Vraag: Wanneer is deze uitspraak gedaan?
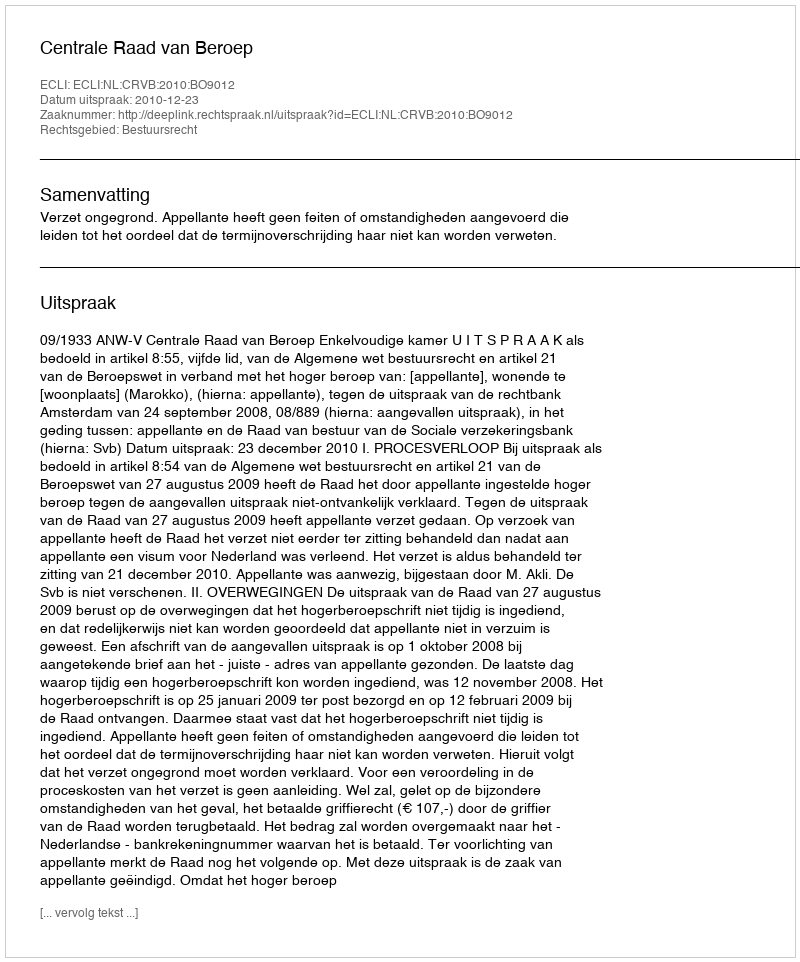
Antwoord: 2010-12-23